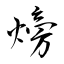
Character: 𪹚